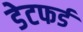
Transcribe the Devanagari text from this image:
डेटफर्ड